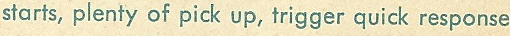
starts, plenty of pick up, trigger quick response